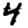
Digit: 4